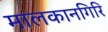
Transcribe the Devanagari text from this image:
मालकानगिरि